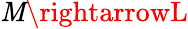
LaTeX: \mathit{M}\rightarrowL